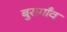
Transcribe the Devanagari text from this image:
बुरागाँव